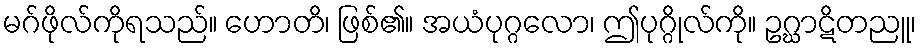
မဂ်ဖိုလ်ကိုရသည်။ ဟောတိ၊ ဖြစ်၏။ အယံပုဂ္ဂလော၊ ဤပုဂ္ဂိုလ်ကို။ ဥဂ္ဃာဋိတညူ၊